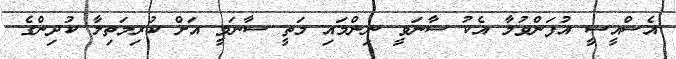
އެސްއީސީ އުފަންވުމާ އެކު ސާނަވީ ނިންމައި މަތީ ސާނަވީ އަށް ކުރިމަތިލާ ކުދިންްގެ